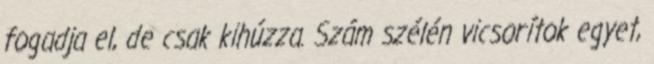
fogadja el, de csak kihúzza. Szám szélén vicsorítok egyet,